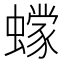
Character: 𰳞